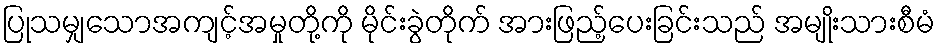
ပြုသမျှသောအကျင့်အမှုတို့ကို မိုင်းခွဲတိုက် အားဖြည့်ပေးခြင်းသည် အမျိုးသားစီမံ